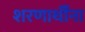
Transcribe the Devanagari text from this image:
शरणार्थींना